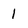
Character: 1